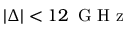
| \Delta | < 1 2 \ensuremath { \, \mathrm { ~ G ~ H ~ z ~ } }